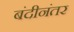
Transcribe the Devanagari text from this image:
बंदीनंतर